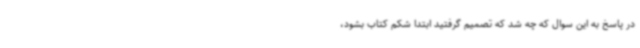
در پاسخ به این سوال که چه شد که تصمیم گرفتید ابتدا شکم کتاب بشود،